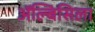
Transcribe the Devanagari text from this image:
ॲल्बिसिला